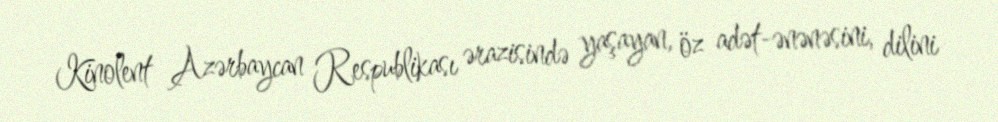
Kinolent Azərbaycan Respublikası ərazisində yaşayan, öz adət-ənənəsini, dilini